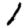
Digit: 1